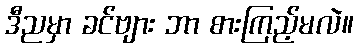
ဒီညမှာ ခင်ဗျား ဘာ စားကြည့်မလဲ။